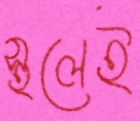
স্থলেই